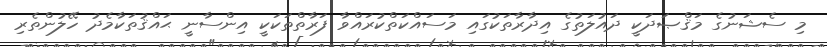
މި ސެޝަނުގެ މަޤްޞަދަކީ ދައުލަތުގެ އިދާރާތަކުގައި މަސައްކަތްކުރައްވާ ފަރާތްތަކަކީ އިންސާނީ ޙައްޤުތަކާމެދު ހޭލުންތެރި